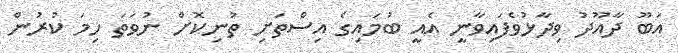
އަބޫ ދާއޫދު ވިދާޅުވެފައިވާނީ އެއީ ބުމައިގެ އިސްތަށި ތުނިކޮށް ނުވަތަ ހިމަ ކުރުން